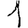
Digit: 1